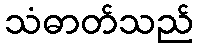
သံဓာတ်သည်